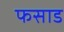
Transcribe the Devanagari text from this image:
फसाड